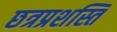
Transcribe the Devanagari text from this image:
छत्रप्रशस्ति